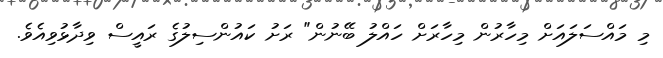
މި މައްސަލައަށް މިހާރުން މިހާރަށް ހައްލު ބޭނުން" ރަށު ކައުންސިލުގެ ރައީސް ވިދާޅުވިއެވެ.